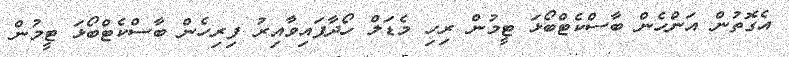
އެގޮތުން އަންހެން ބާސްކެޓްބޯޅަ ޓީމުން ރިހި މެޑަލް ހޯދާފައިވާއިރު ފިރިހެން ބާސްކެޓްބޯޅަ ޓީމުން